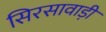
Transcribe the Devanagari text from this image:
सिरसावाड़ी